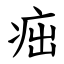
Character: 㽾